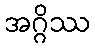
အဂ္ဂိဿ